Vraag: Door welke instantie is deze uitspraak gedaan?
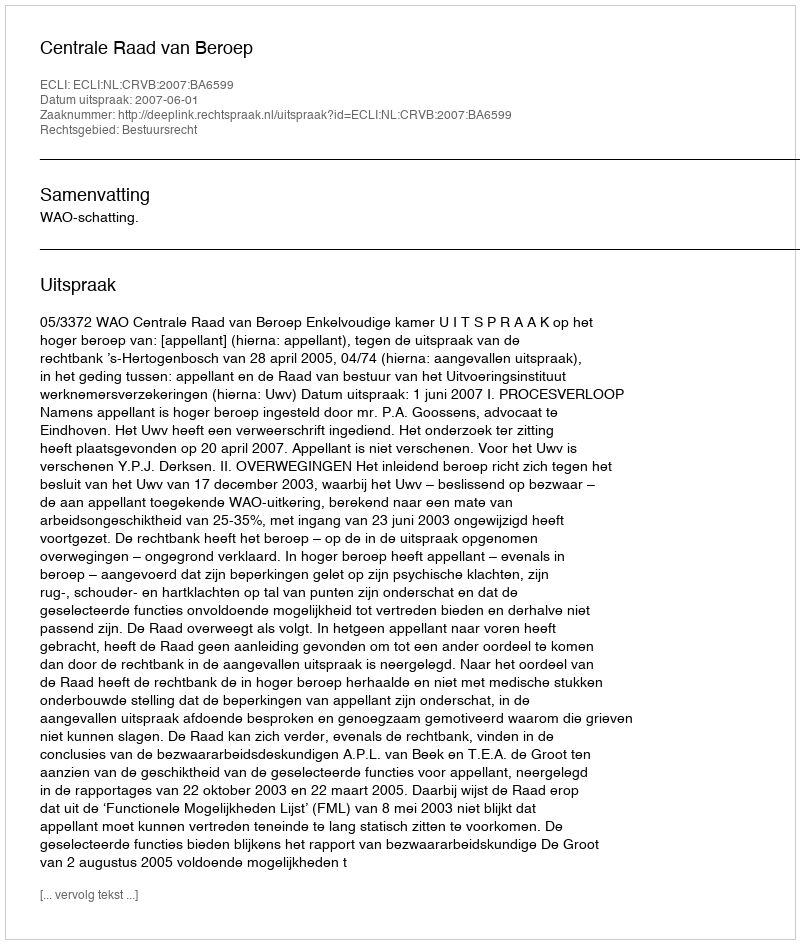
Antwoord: Centrale Raad van Beroep